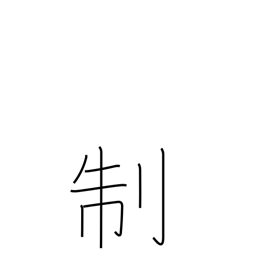
Meaning: system